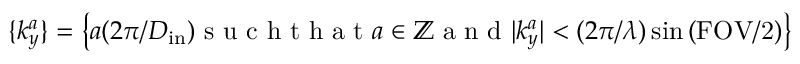
\{ k _ { y } ^ { a } \} = \left\{ a ( 2 \pi / D _ { \mathrm { i n } } ) \mathrm { ~ s ~ u ~ c ~ h ~ t ~ h ~ a ~ t ~ } a \in \mathbb { Z } \mathrm { ~ a ~ n ~ d ~ } | k _ { y } ^ { a } | < ( 2 \pi / \lambda ) \sin { ( \mathrm { F O V / 2 ) } } \right\}